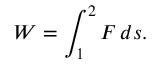
W = \int _ { 1 } ^ { 2 } F \, d s .